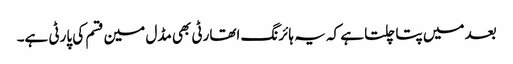
بعد میں پتا چلتا ہے کہ یہ ہائرنگ اتھارٹی بھی مڈل مین قسم کی پارٹی ہے۔